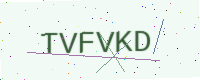
Text: TVFVKD